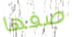
صفها